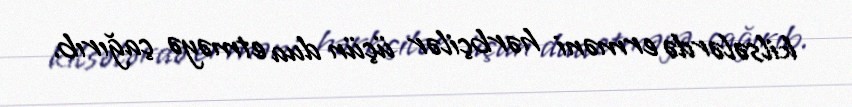
kilsələrdə erməni hərbçilər üçün dua etməyə çağırıb.